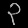
Digit: ၃